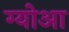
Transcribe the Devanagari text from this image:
ग्योआ